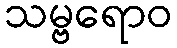
သမ္ဗရောဝ